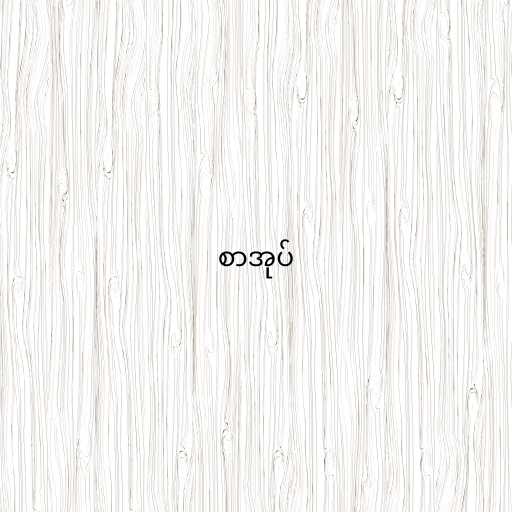
စာအုပ်